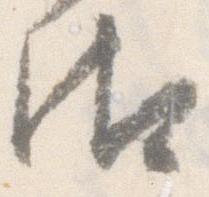
御